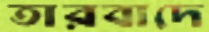
তারবাদে